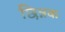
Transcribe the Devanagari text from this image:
छिन्नक